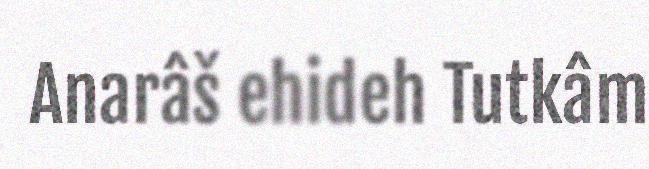
Anarâš ehideh Tutkâm